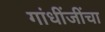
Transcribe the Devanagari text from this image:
गांधींजींचा